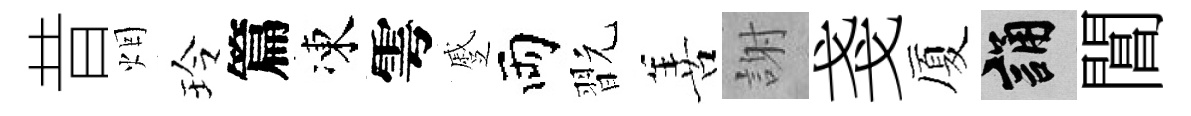
昔烟玲篇凍雩蹙両翫善謝戔厦誦閶